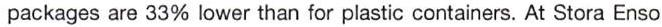
packages are 33% lower than for plastic containers. At Stora Enso